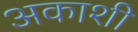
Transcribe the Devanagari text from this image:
अकाशी